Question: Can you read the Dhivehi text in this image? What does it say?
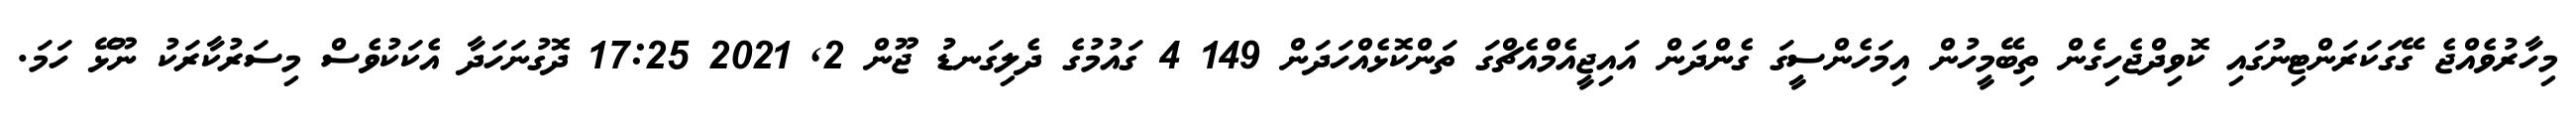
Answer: މިހާރުވެއްޖެ ގޭގަކަރަންޓިނުގައި ކޮވިދްޖެހިގެން ތިބޭމީހުން އިމަހެންސީގަ ގެންދަން އައިޖީއެމްއެޗްގަ ތަންކޮޅެއްހަދަން 149 4 ގައުމުގެ ދެލިގަނޑު ޖޫން 2, 2021 17:25 ދޮގުނަހަދާ އެކަކުވެސް މިސަރުކާރަކު ނޫޅޭ ހަމަ.